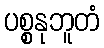
ပစ္စနုဘူတံ